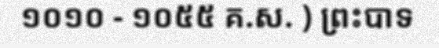
១០១០ - ១០៥៥ គ.ស. ) ព្រះបាទ